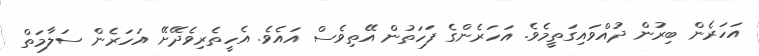
އަހަރެން ބިރުން ދުއްވައިގަތީމެވެ. އަހަރެންގެ ފަހަތުން އޭތިވެސް އައެވެ. އެހީތެރިވެދޭށޭ އަހަރެން ސަލާމަތް